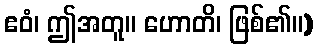
ဧဝံ၊ ဤအတူ။ ဟောတိ၊ ဖြစ်၏။)